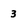
Character: 3